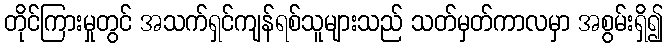
တိုင်ကြားမှုတွင် အသက်ရှင်ကျန်ရစ်သူများသည် သတ်မှတ်ကာလမှာ အစွမ်းရှိ၍